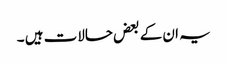
یہ ان کے بعض حالات ہیں ۔